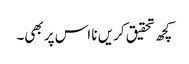
کچھ تحقیق کریں نا اس پر بھی۔